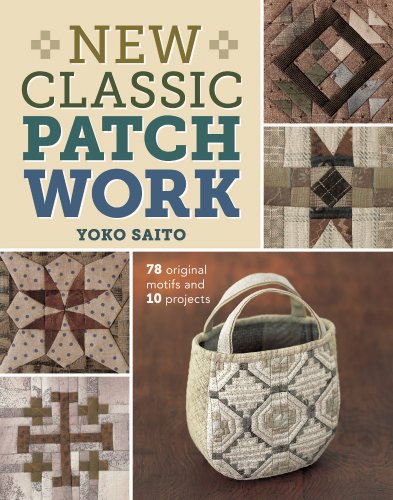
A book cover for New Classic Patchwork: 78 Original Motifs & 10 Projects; Yoko Saito; Crafts, Hobbies & Home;